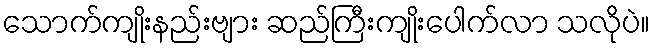
သောက်ကျိုးနည်းဗျား ဆည်ကြီးကျိုးပေါက်လာ သလိုပဲ။